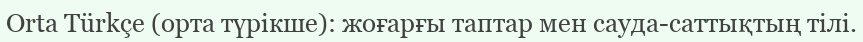
Orta Türkçe (орта түрікше): жоғарғы таптар мен сауда-саттықтың тілі.